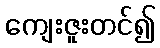
ကျေးဇူးတင်၍